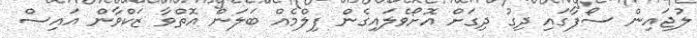
ލުޖައިން ސޯފާގައި ދިގު ދިގަށް އޮށޯވެލައިގެން ފިލްމެއް ބަލަން އޮތްވާ ޒަކްވާން އައިސް